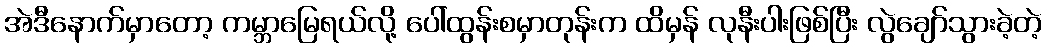
အဲဒီနောက်မှာတော့ ကမ္ဘာမြေရယ်လို့ ပေါ်ထွန်းစမှာတုန်းက ထိမှန် လုနီးပါးဖြစ်ပြီး လွဲချော်သွားခဲ့တဲ့